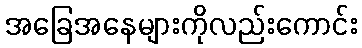
အခြေအနေများကိုလည်းကောင်း